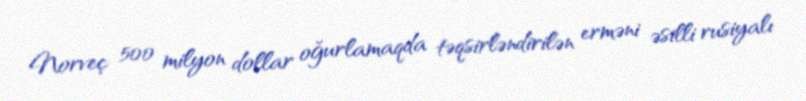
Norveç 500 milyon dollar oğurlamaqda təqsirləndirilən erməni əsilli rusiyalı